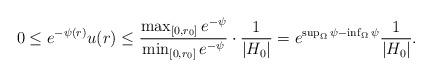
LaTeX: \begin{align*}0\leq e^{-\psi(r)}u(r) \leq\frac{\max_{\lbrack0,r_{0}]}e^{-\psi}}{\min_{[0,r_{0}]}e^{-\psi}}\cdot\frac{1}{|H_{0}|}=e^{\sup_\Omega \psi-\inf_\Omega\psi}\frac{1}{|H_0|}.\end{align*}